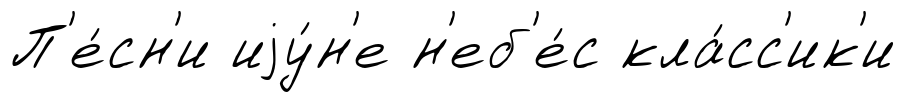
П'е́сн'и иjу́н'е н'еб'е́с кла́сс'ик'и